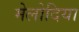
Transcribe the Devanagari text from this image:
मेलोदिया